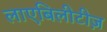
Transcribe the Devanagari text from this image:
लाएबिलीटीज़